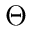
\Theta